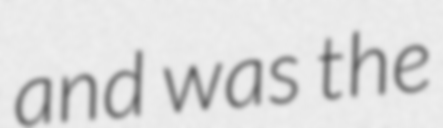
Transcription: and was the